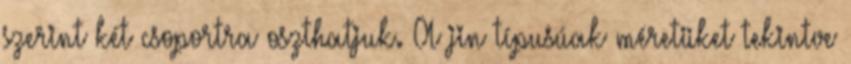
szerint két csoportra oszthatjuk. A jin típusúak méretüket tekintve